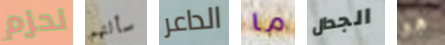
نحزم سألتهم الداعر ما الجدال هو